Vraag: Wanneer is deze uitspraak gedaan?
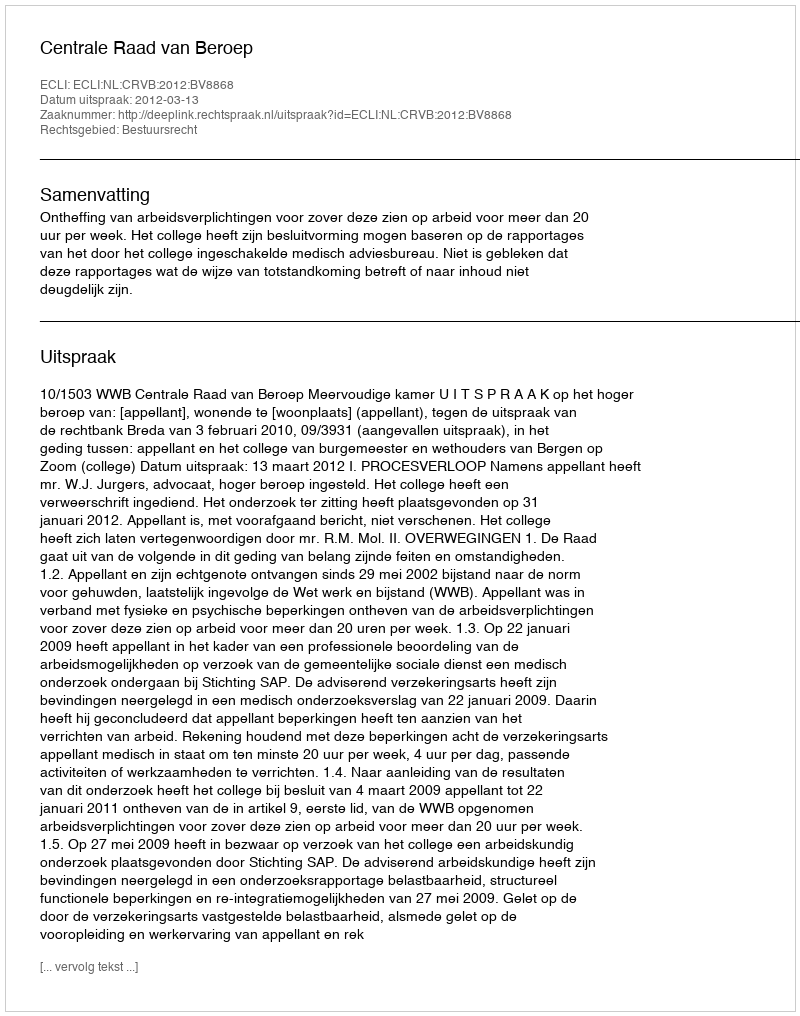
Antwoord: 2012-03-13